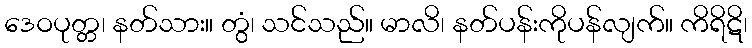
ဒေဝပုတ္တ၊ နတ်သား။ တွံ၊ သင်သည်။ မာလိ၊ နတ်ပန်းကိုပန်လျက်။ ကိရိဋိ၊